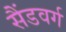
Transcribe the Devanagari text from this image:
सैंडवर्ग